Report on lock hospitals in British Burma
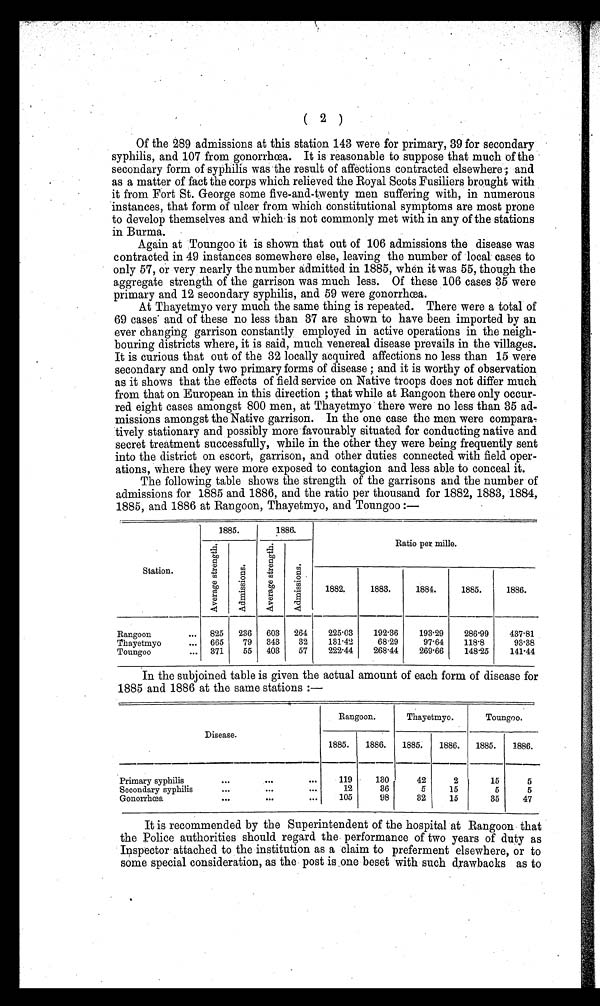
1886.
1885.
Ratio per mille.
1884.
Station.
Admi s s i ons .
Ave r a ge s t r e nght h.
Admi ssi ons. .
1882.
1883.
1885.
1886.
Rangoon
. . .
825
236
603
264
225.03
192.36
193.29
286.99
437.81
Thayetmyo
. . .
665
79
343
32
131.42
68.29
97.64
118-8
93.38
Toungoo
371
55
403
57
222.44
268.44
269.66
148.25
141.44
In the subjoined table is given the actual amount of each form of disease for
1885 and 1886 at the same stations :—
( 2 )
Of the 289 admissions at this station 143 were for primary, 39 for secondary
syphilis, and 107 from gonorrhcea. It is reasonable to suppose that much of the
secondary form of syphilis was the result of affections contracted elsewhere ; and
as a matter of fact the corps which relieved the Royal Scots Fusiliers brought with
it from Fort St. George some five-and-twenty men suffering with, in numerous
instances, that form of ulcer from which constitutional symptoms are most prone
to develop themselves and which is not commonly met with in any of the stations
in Burma.
Again at Toungoo it is shown that out of 106 admissions the disease was
contracted in 49 instances somewhere else, leaving the number of local cases to
only 57, or very nearly the number admitted in 1885, when it was 55, though the
aggregate strength of the garrison was much less. Of these 106 cases 35 were
primary and 12 secondary syphilis, and 59 were gonorrhcea.
At Thayetmyo very much the same thing is repeated. There . were a total of
69 cases' and of these no less than 37 are shown to have been imported by an
ever changing garrison constantly employed in active operations in the neigh-
bouring districts where, it is said, much venereal disease prevails in the villages.
It is curious that out of the 32 locally acquired affections no less than 15 were
secondary and only two primary forms of disease ; and it is worthy of observation
as it shows that the effects of field service on Native troops does not differ much
from that on European in this direction ; that while at Rangoon there only occur-
red eight cases amongst 800 men, at Thayetmyo there were no less than 35 ad-
missions amongst the Native garrison. In the one case the men were compara,
tively stationary and possibly more favourably situated for conducting native and
secret treatment successfully, while in the other they were being frequently sent
into the district on escort, garrison, and other duties connected with field oper-
ations, where they were more exposed to contagion and less able to conceal it.
The following table shows the strength of the garrisons and the number of
admissions for 1885 and 1886, and the ratio per thousand for 1882, 1883, 1884,
1885, and 1886 at Rangoon, Thayetmyo, and Toungoo
Disease.
Rangoon.
Thayetmyo.
Toungoo.
1885.
1886.
1885.
1886.
1885.
1886.
Primary syphilis
. . .
119
130
42
2
15
5
Secondary syphilis
. . .
12
36
15
5
5
Gonorrhoea
. . .
. . .
105
98
32
15
35
47
It is recommended by the Superintendent of the hospital at Rangoon that
the Police authorities should regard the performance of two years of duty as
Inspector attached to the institution as a claim to preferment elsewhere, or to
some special consideration, as the post is one beset with such drawbacks as to
backs as to